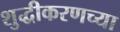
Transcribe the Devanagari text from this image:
शुद्धीकरणच्या